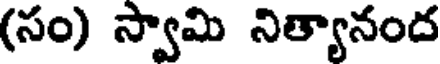
(సం) స్వామి నిత్యానంద